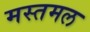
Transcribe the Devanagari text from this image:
मस्तमल